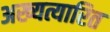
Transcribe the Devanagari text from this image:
अख्यत्यारित